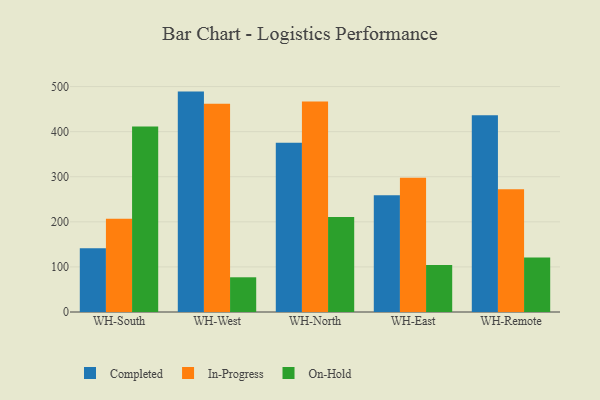
{"axis": {"x": "Warehouse", "y": "Net Income (USD K)"}, "legend": ["Completed", "In-Progress", "On-Hold"], "data": [{"x": "WH-South", "y": 141.3, "type": "Completed"}, {"x": "WH-South", "y": 206.6, "type": "In-Progress"}, {"x": "WH-South", "y": 411.6, "type": "On-Hold"}, {"x": "WH-West", "y": 488.9, "type": "Completed"}, {"x": "WH-West", "y": 462.1, "type": "In-Progress"}, {"x": "WH-West", "y": 77.0, "type": "On-Hold"}, {"x": "WH-North", "y": 375.7, "type": "Completed"}, {"x": "WH-North", "y": 466.7, "type": "In-Progress"}, {"x": "WH-North", "y": 210.5, "type": "On-Hold"}, {"x": "WH-East", "y": 258.9, "type": "Completed"}, {"x": "WH-East", "y": 297.9, "type": "In-Progress"}, {"x": "WH-East", "y": 104.4, "type": "On-Hold"}, {"x": "WH-Remote", "y": 436.6, "type": "Completed"}, {"x": "WH-Remote", "y": 272.5, "type": "In-Progress"}, {"x": "WH-Remote", "y": 121.1, "type": "On-Hold"}]}